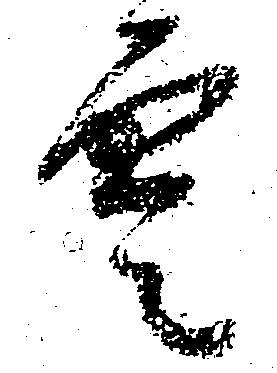
雲